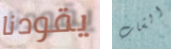
يقودنا الشاب